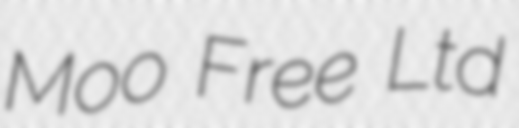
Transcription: Moo Free Ltd